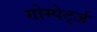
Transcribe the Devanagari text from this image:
गोम्पेर्ट्ज़